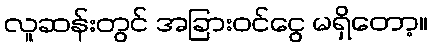
လူဆန်းတွင် အခြားဝင်ငွေ မရှိတော့။